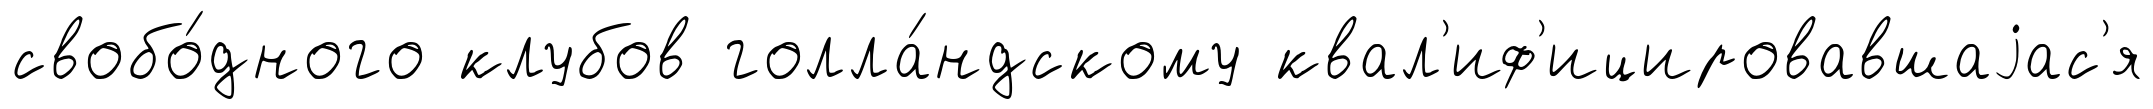
свобо́дного клубов голла́ндскому квал'иф'ицировавшаjас'я